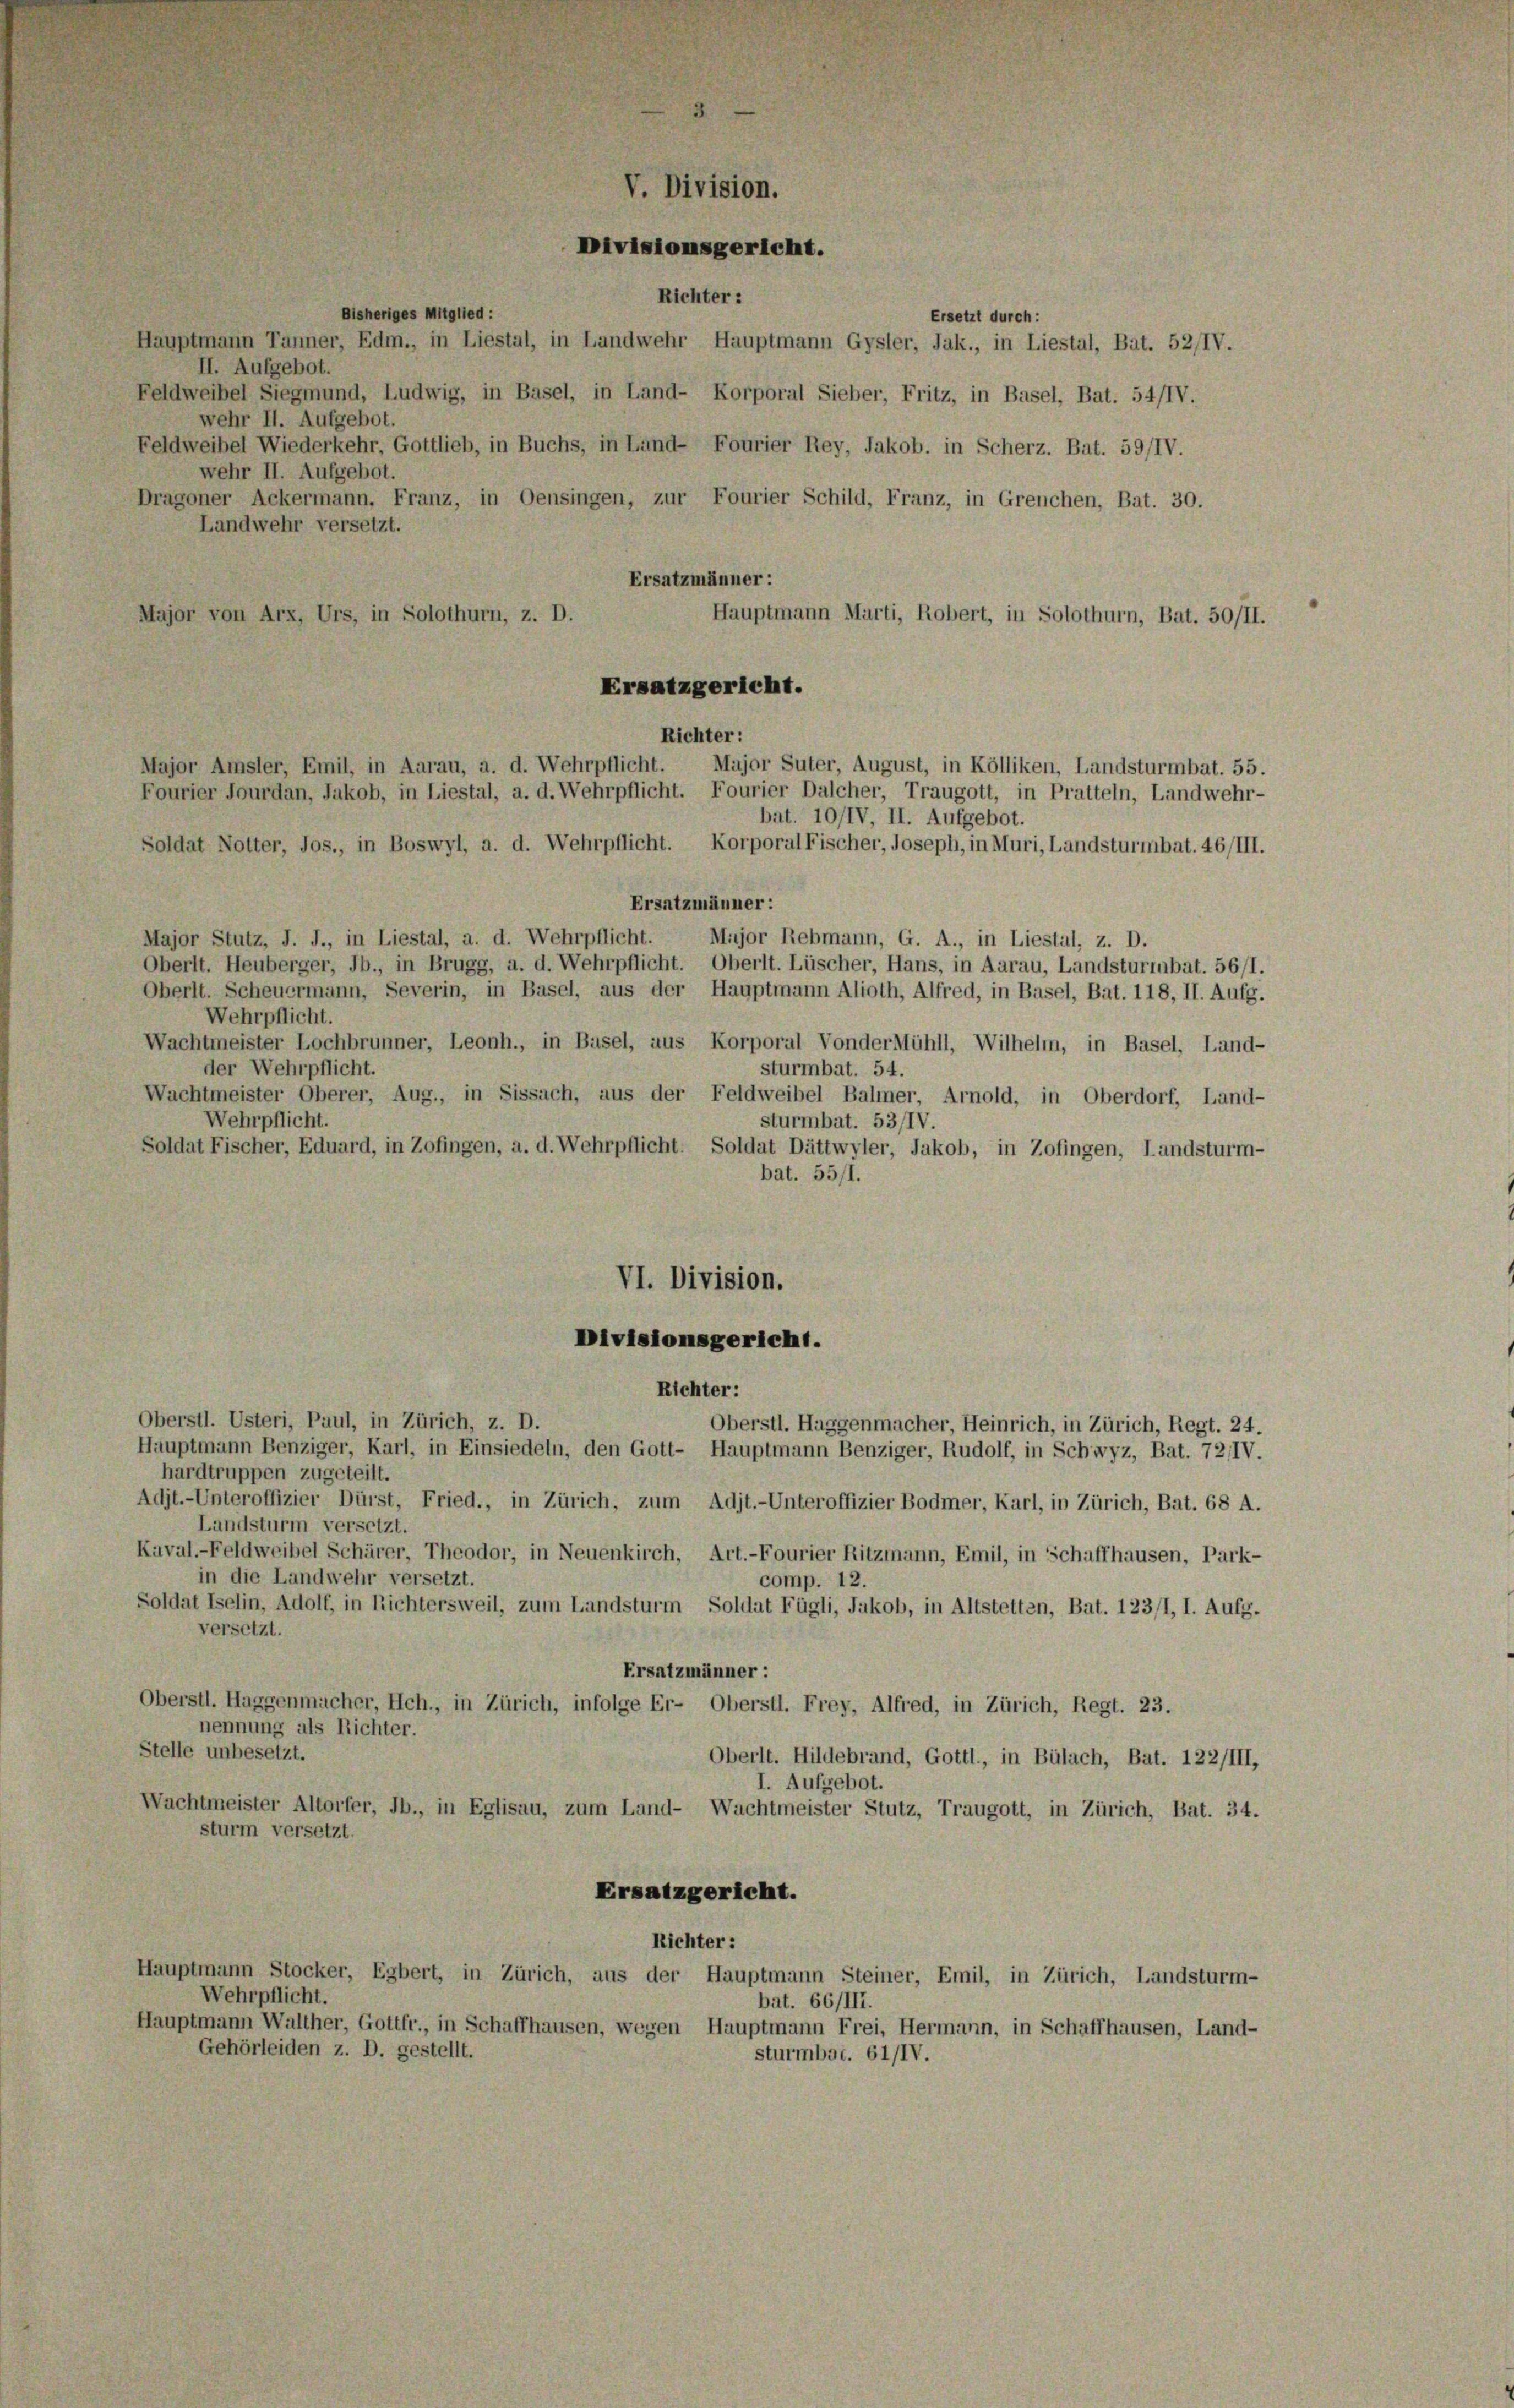
Richter:
Bisheriges Mitglied:
Hauptmann Tanner, Edm., in Liestal, in Landwehr Hauptmann Gysler, Jak., in Liestal, Bat. 52/IV.
II. Aufgebot.
Feldweibel Siegmund, Ludwig, in Basel, in Land- Korporal Sieber, Fritz, in Basel, Bat. 54/IV.
wehr II. Aufgebot.
Feldweibel Wiederkehr, Gottlieb, in Buchs, in Land- Fourier Rey, Jakob. in Scherz. Bat. 59/IV.
wehr II. Aufgebot.
Dragoner Ackermann, Franz, in Oensingen, zur Fourier Schild, Franz, in Greuchen, Bat. 30.
Landwehr versetzt.
Ersatzmänner:
Major von Arx, Urs, in Solothurn, z. D.
Hauptmann Marti, Robert, in Solothurn, Bat. 50/II.
Ersatzgericht.
Richter:
Fourier Jourdan, Jakob, in Liestal, a. d. Wehrpflicht. Fourier Dalcher, Traugott, in Pratteln, Landwehr-
bat. 10/IV, II. Aufgebot.
Soldat Notter, Jos., in Boswyl, a. d. Wehrpflicht. Korporal Fischer, Joseph, in Muri, Landsturmbat. 46/III.
Ersatzmänner:
Major Stutz, J. J., in Liestal, a. d. Wehrpflicht. Major Rebmann, G. A., in Liestal, z. D.
Oberlt. Heuberger, Jb., in Brugg, a. d. Wehrpflicht. Oberlt. Lüscher, Hans, in Aarau, Landsturmnbat. 56/1.
Oberlt. Scheuermann, Severin, in Basel, aus der Hauptmann Alioth, Alfred, in Basel, Bat. 118, II. Aufg.
Wehrpflicht.
Wachtmeister Lochbrunner, Leonh., in Basel, aus Korporal Vonder Mühll, Wilhelm, in Basel, Land-
der Wehrpflicht.
sturmbat. 54.
Wachtmeister Oberer, Aug., in Sissach, aus der Feldweibel Balmer, Arnold, in Oberdorf, Land-
Wehrpflicht.
sturmbat. 53/IV.
Soldat Fischer, Eduard, in Zofingen, a. d. Wehrpflicht. Soldat Dättwyler, Jakob, in Zofingen, Landsturm-
bat. 55/1.
VI. Division.

V. Division.
Divisionsgericht.

Divisionsgericht.

Major Amsler, Emil, in Aarau, a. d. Wehrpflicht. Major Suter, August, in Kölliken, Landsturmbat. 55.

Ersetzt durch:

Richter:
Oberstl. Usteri, Paul, in Zürich, z. D.
Oberstl. Haggenmacher, Heinrich, in Zürich, Regt. 24.
Hauptmann Benziger, Karl, in Einsiedeln, den Gott- Hauptmann Benziger, Rudolf, in Schwyz, Bat. 72/IV.
hardtruppen zugeteilt.
Adjt.-Unteroffizier Dürst, Fried., in Zürich, zum Adjt.-Unteroffizier Bodmer, Karl, in Zürich, Bat. 68 A.
Landsturm versetzt.
Kaval.-Feldweibel Schärer, Theodor, in Neuenkirch, Art.-Fourier Ritzmann, Emil, in Schaffhausen, Park-
in die Landwehr versetzt.
comp. 12.
Soldat Iselin, Adolf, in Richtersweil, zum Landsturm Soldat Fügli, Jakob, in Altstetten, Bat. 123/1, I. Aufg.
versetzt.
Ersatzmänner:
Oberstl. Haggenmacher, Hch., in Zürich, infolge Er- Oberstl. Frey, Alfred, in Zürich, Regt. 23.
nennung als Richter.
Stelle unbesetzt.
Oberlt. Hildebrand, Gottl., in Bülach, Bat. 122/III,
I. Aufgebot.
Wachtmeister Altorfer, Jb., in Eglisau, zum Land- Wachtmeister Stutz, Traugott, in Zürich, Bat. 34.
sturm versetzt.
Ersatzgericht.
Richter:
Hauptmann Stocker, Egbert, in Zürich, aus der Hauptmann Steiner, Emil, in Zürich, Landsturm-
Wehrpflicht.
bat. 66/III.
Hauptmann Walther, Gottfr., in Schaffhausen, wegen Hauptmann Frei, Hermann, in Schaffhausen, Land-
Gehörleiden z. D. gestellt.
sturmbac. 61/IV.